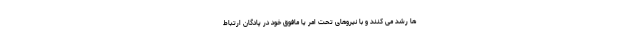
ها رشد می کنند و با نیروهای تحت امر یا مافوق خود در پادگان ارتباط